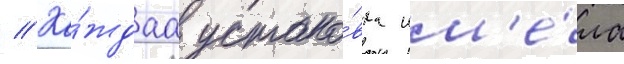
// Ка́ждаа устано́вка им'е́ла